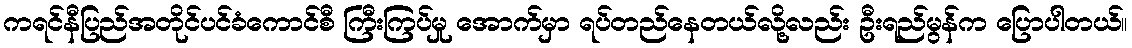
ကရင်နီပြည်အတိုင်ပင်ခံကောင်စီ ကြီးကြပ်မှု အောက်မှာ ရပ်တည်နေတယ်လို့လည်း ဦးရည်မွန်က ပြောပါတယ်။